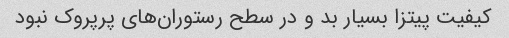
کیفیت پیتزا بسیار بد و در سطح رستوران‌های پرپروک نبود